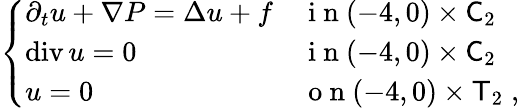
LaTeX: \begin{array}{r}{\left\{ \begin{array}{ll}{\partial_{t}u+\nabla P=\Delta u+f}&{\mathrm{~i~n~}(-4,0)\times\mathsf C_{2}}\\ {\operatorname{div}u=0}&{\mathrm{~i~n~}(-4,0)\times\mathsf C_{2}}\\ {u=0}&{\mathrm{~o~n~}(-4,0)\times\mathsf T_{2}\; ,}\end{array}\right.}\end{array}